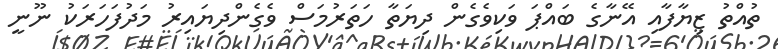
ތުއްތު ޒިޔާފާއި އޭނާގެ ބައްޕަ ވަކިވެގެން ދިޔަތާ ހަތަރުމަސް ވެގެންދިޔައިރު މަދުފަހަރަކު ނޫނީ